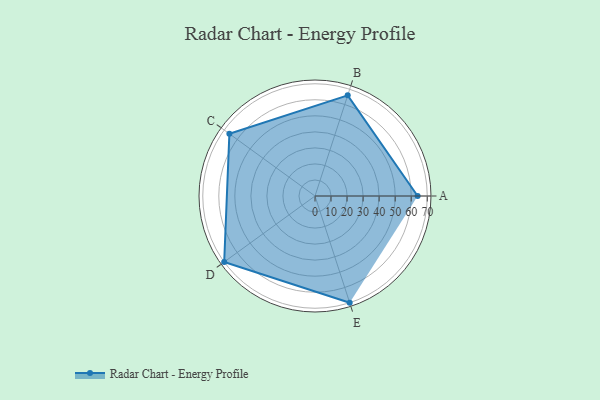
{"axis": {"x": "Skill", "y": "Score"}, "legend": ["Profile"], "data": [{"x": "A", "y": 64.0, "type": "Profile"}, {"x": "B", "y": 66.0, "type": "Profile"}, {"x": "C", "y": 66.0, "type": "Profile"}, {"x": "D", "y": 70.0, "type": "Profile"}, {"x": "E", "y": 70.0, "type": "Profile"}]}